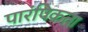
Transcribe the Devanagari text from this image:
पारंपिकता